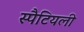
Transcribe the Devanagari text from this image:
स्पैटियली